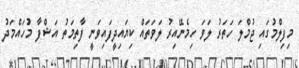
މިފިލްމުގައި ޖުމްލަ ހަތަރު ލަވަ ހިމެނޭއިރު ލަވަތައް ކިޔައިދީފައިވަނީ ފާތިމަތު އަޝްފާ މުހައްމަދު